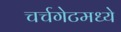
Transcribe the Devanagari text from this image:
चर्चगेटमध्ये